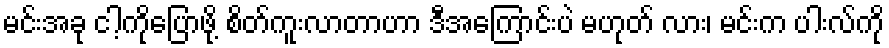
မင်းအခု ငါ့ကိုပြောဖို့ စိတ်ကူးလာတာဟာ ဒီအကြောင်းပဲ မဟုတ် လား၊ မင်းက ပါးလ်ကို